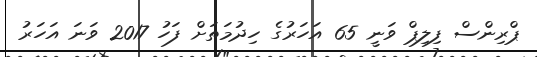
ޕްރިންސް ފިލިޕް ވަނީ 65 އަހަރުގެ ހިދުމަތަށް ފަހު 2017 ވަނަ އަހަރު